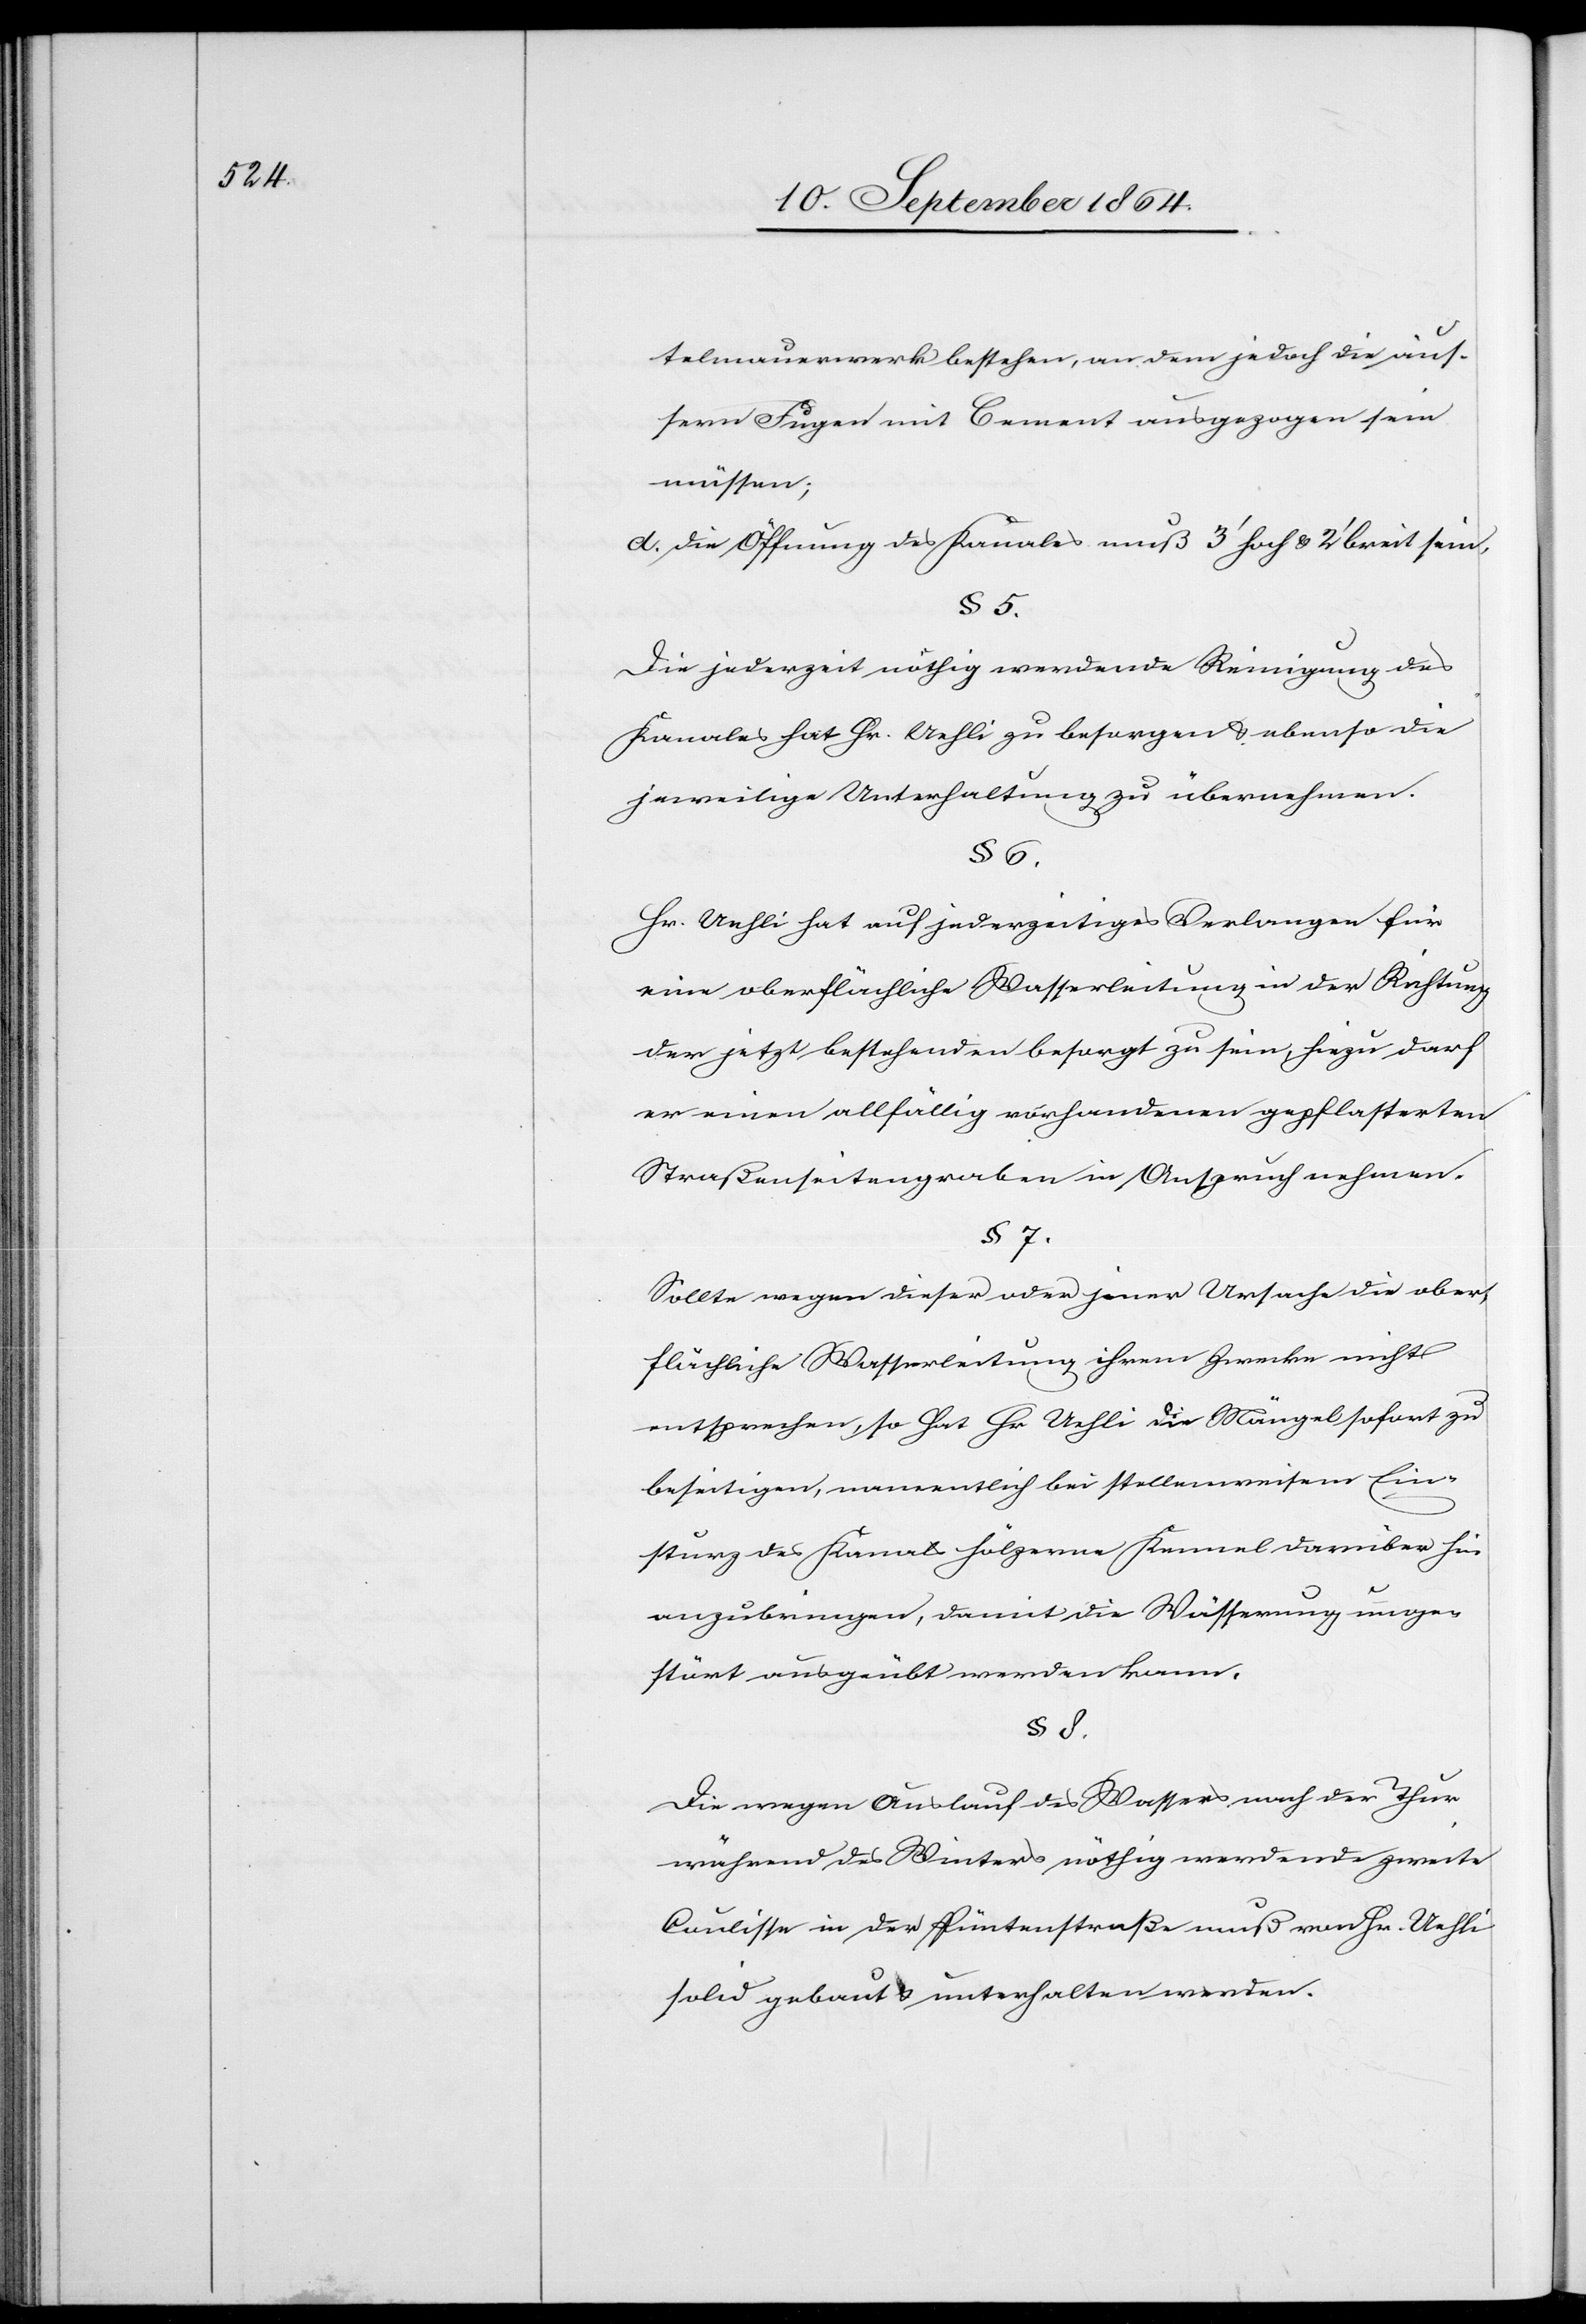
telmauernwerk bestehen, an dem jedoch die äus¬
sern Fugen mit Cement ausgezogen sein
müssen;
d. die Öffnung des Kanales muß 3’ hoch & 2’ breit sein.
§ 5.
Die jederzeit nöthig werdende Reinigung des
Kanales hat Hr. Uehli zu besorgen & ebenso die
jeweilige Unterhaltung zu übernehmen.
§ 6.
Hr. Uehli hat auf jederzeitiges Verlangen für
eine oberflächliche Wasserleitung in der Richtung
der jetzt bestehenden besorgt zu sein; hiezu darf
er einen allfällig vorhandenen gepflasterten
Straßenseitengraben in Anspruch nehmen.
§ 7.
Sollte wegen dieser oder jener Ursache die ober¬
flächliche Wasserleitung ihrem Zwecke nicht
entsprechen, so hat Hr. Uehli die Mängel sofort zu
beseitigen, namentlich bei stellenweisem Ein¬
sturz des Kanals hölzerne Kennel darüber hin
anzubringen, damit die Wässerung unge¬
stört ausgeübt werden kann.
§ 8.
Die wegen Auslauf des Wassers nach der Thur
während des Winters nöthig werdende zweite
Coulisse in der Püntenstraße muß von Hr. Uehli
solid gebaut & unterhalten werden.